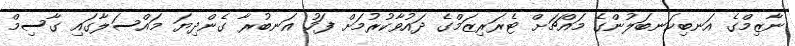
ނާޒިމްގެ އަނބިކަނބަލުންގެ މައްޗަށް ޓެރަރިޒަމްގެ ދައުވާކުރުމަށް ފަހު އަނބުރާ ގެންދިޔަ މައްސަލާގައި ގާސިމް